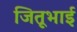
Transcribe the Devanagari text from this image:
जितूभाई